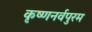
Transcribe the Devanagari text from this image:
कृष्णनर्वपुरम